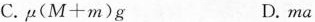
C.$${\mu (M+m)g$$ D.ma